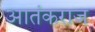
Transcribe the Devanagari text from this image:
आतंकराज